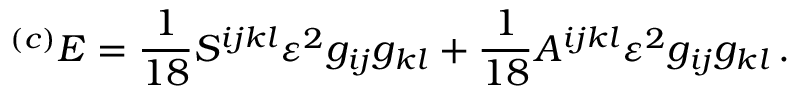
{ } ^ { ( c ) } E = \frac 1 { 1 8 } S ^ { i j k l } \varepsilon ^ { 2 } g _ { i j } g _ { k l } + \frac 1 { 1 8 } A ^ { i j k l } \varepsilon ^ { 2 } g _ { i j } g _ { k l } \, .